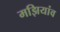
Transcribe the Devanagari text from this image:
मझियांव